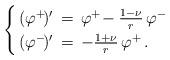
LaTeX: \begin{align*} \begin{cases} \,(\varphi^+\!)'\,=\,\varphi^+\!-\frac{1-\nu}{r}\,\varphi^- \\ \,(\varphi^-\!)'\,=\,-\frac{1+\nu}{r}\,\varphi^+\,. \end{cases}\end{align*}